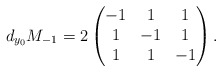
\begin{align*}d_{y_0} M_{-1}=2\begin{pmatrix}-1 & 1 & 1\\1 & -1 & 1\\1 & 1 & -1\end{pmatrix}.\end{align*}